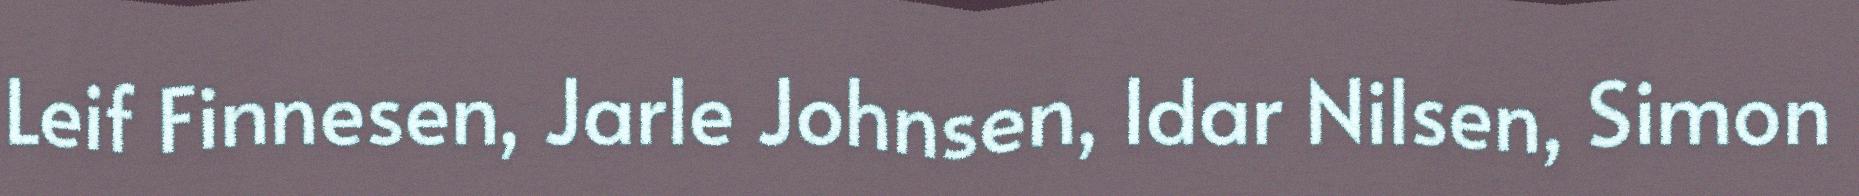
Leif Finnesen, Jarle Johnsen, Idar Nilsen, Simon